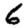
Digit: 6